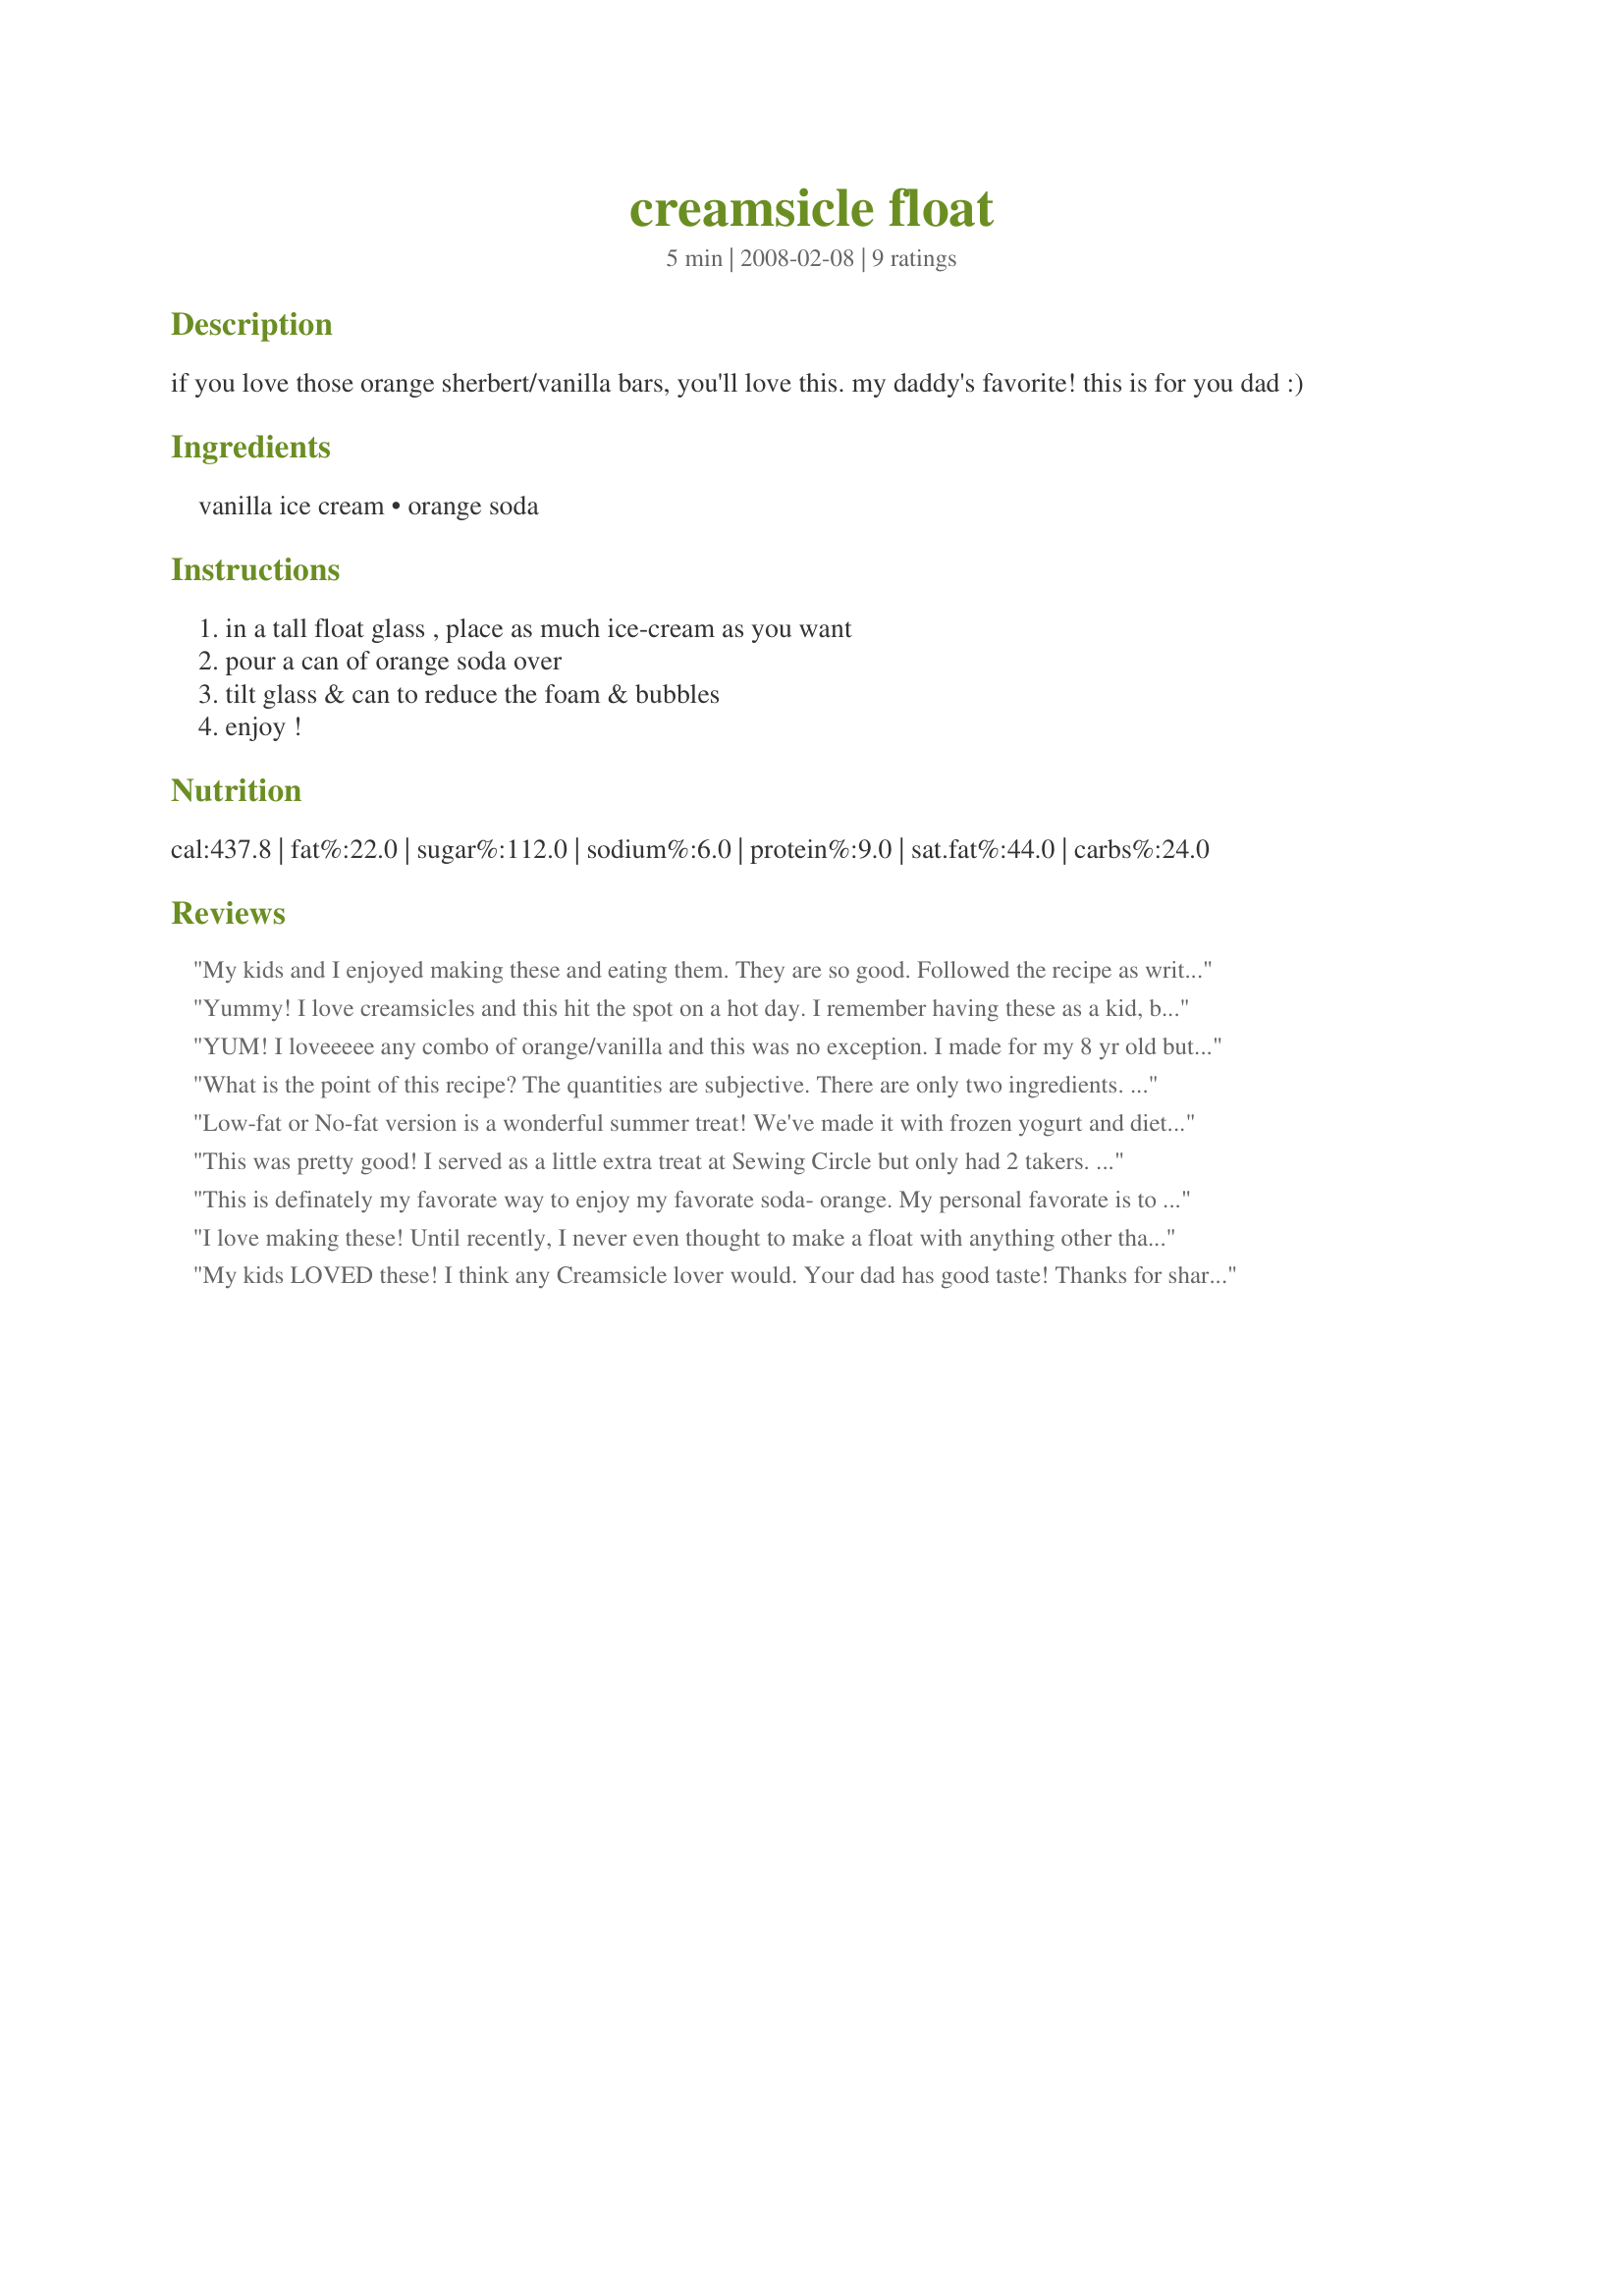
creamsicle float
Preparation time: 5 minutes

if you love those orange sherbert/vanilla bars, you'll love this. my daddy's favorite! this is for you dad :)

Ingredients:
vanilla ice cream, orange soda

Steps:
in a tall float glass , place as much ice-cream as you want, pour a can of orange soda over, tilt glass & can to reduce the foam & bubbles, enjoy !

Reviews:
My kids and I enjoyed making these and eating them. They are so good. Followed the recipe as written. I did use diet soda and they were still wonderful.
Yummy! I love creamsicles and this hit the spot on a hot day. I remember having these as a kid, but I forgot how good they were!
YUM! I loveeeee any combo of orange/vanilla and this was no exception. I made for my 8 yr old but snuck a taste. :)
What is the point of this recipe? The quantities are subjective. There are only two ingredients. The directions are common sense. Does an entire web page need to be dedicated this this recipe?
Low-fat or No-fat version is a wonderful summer treat! We've made it with frozen yogurt and diet soda. It's delish!!!
This was pretty good! I served as a little extra treat at Sewing Circle but only had 2 takers. I didn't really taste the creamsicle flavour until towards the bottom when the ice-cream was melting right into the pop. I would still choose root beer or cream soda floats over this one.
This is definately my favorate way to enjoy my favorate soda- orange. My personal favorate is to add an ounce of sugar-free peach syrup. True heaven!
I love making these! Until recently, I never even thought to make a float with anything other than root beer! I usually let mine sit for a few minutes before I eat it to give the ice-cream a little more time to blend with the soda; the "creamsicle" taste shines through better that way. Delicious, easy, and perfect for summer! :)
My kids LOVED these! I think any Creamsicle lover would. Your dad has good taste! Thanks for sharing!
